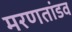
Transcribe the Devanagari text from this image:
मरणतांडव